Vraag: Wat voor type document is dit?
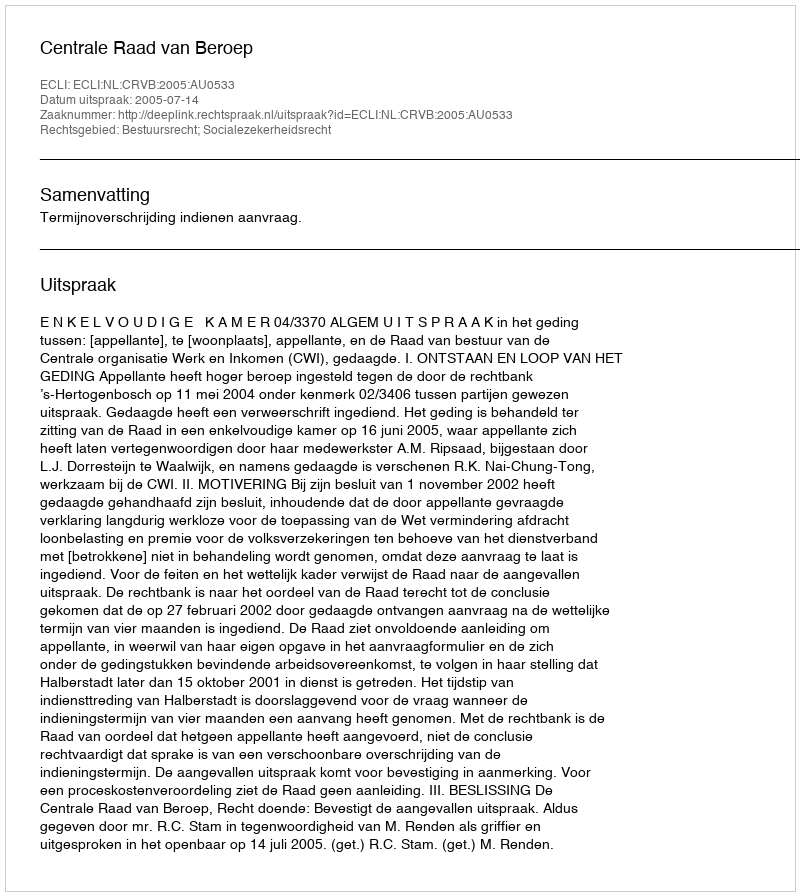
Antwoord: Uitspraak